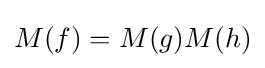
M(f)=M(g)M(h)